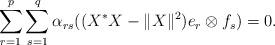
LaTeX: \begin{align*}\sum_{r=1}^p \sum_{s=1}^q \alpha_{rs} ((X^*X-\|X\|^2) e_r\otimes f_s)=0.\end{align*}